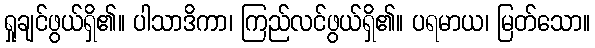
ရှုချင်ဖွယ်ရှိ၏။ ပါသာဒိကာ၊ ကြည်လင်ဖွယ်ရှိ၏။ ပရမာယ၊ မြတ်သော။